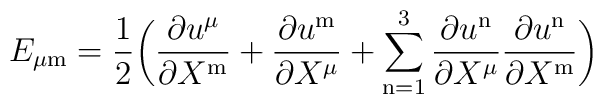
E_{\mu \mathrm{m}} = {1\over 2}\biggl( {\partial u^\mu\over \partial X^{\mathrm{m}}}+{\partial u^{\mathrm{m}}\over \partial X^\mu}+ \sum_{\mathrm{n}=1}^3 {\partial u^{\mathrm{n}}\over \partial X^\mu} {\partial u^{\mathrm{n}}\over \partial X^{\mathrm{m}}}\biggr)